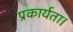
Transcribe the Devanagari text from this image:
प्रकार्यता।